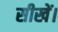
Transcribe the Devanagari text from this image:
सीखें।